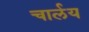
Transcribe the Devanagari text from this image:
चार्लय